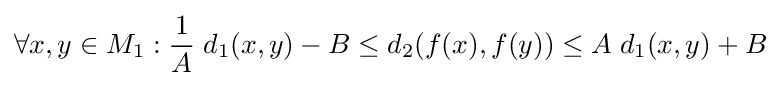
\forall x,y\in M_{1}:{\frac {1}{A}}\;d_{1}(x,y)-B\leq d_{2}(f(x),f(y))\leq A\;d_{1}(x,y)+B